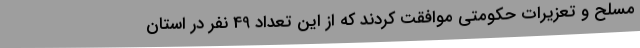
مسلح و تعزیرات حکومتی موافقت کردند که از این تعداد 49 نفر در استان